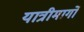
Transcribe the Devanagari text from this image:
यात्रीमार्गो